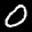
Label: 0